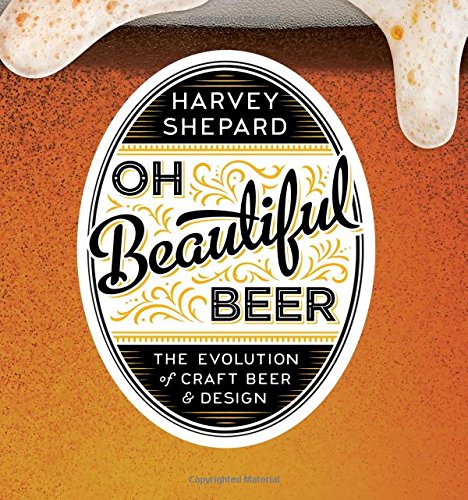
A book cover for Oh Beautiful Beer: The Evolution of Craft Beer and Design; Harvey Shepard; Cookbooks, Food & Wine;